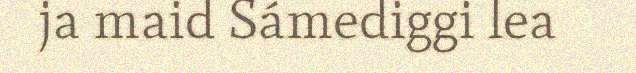
ja maid Sámediggi lea